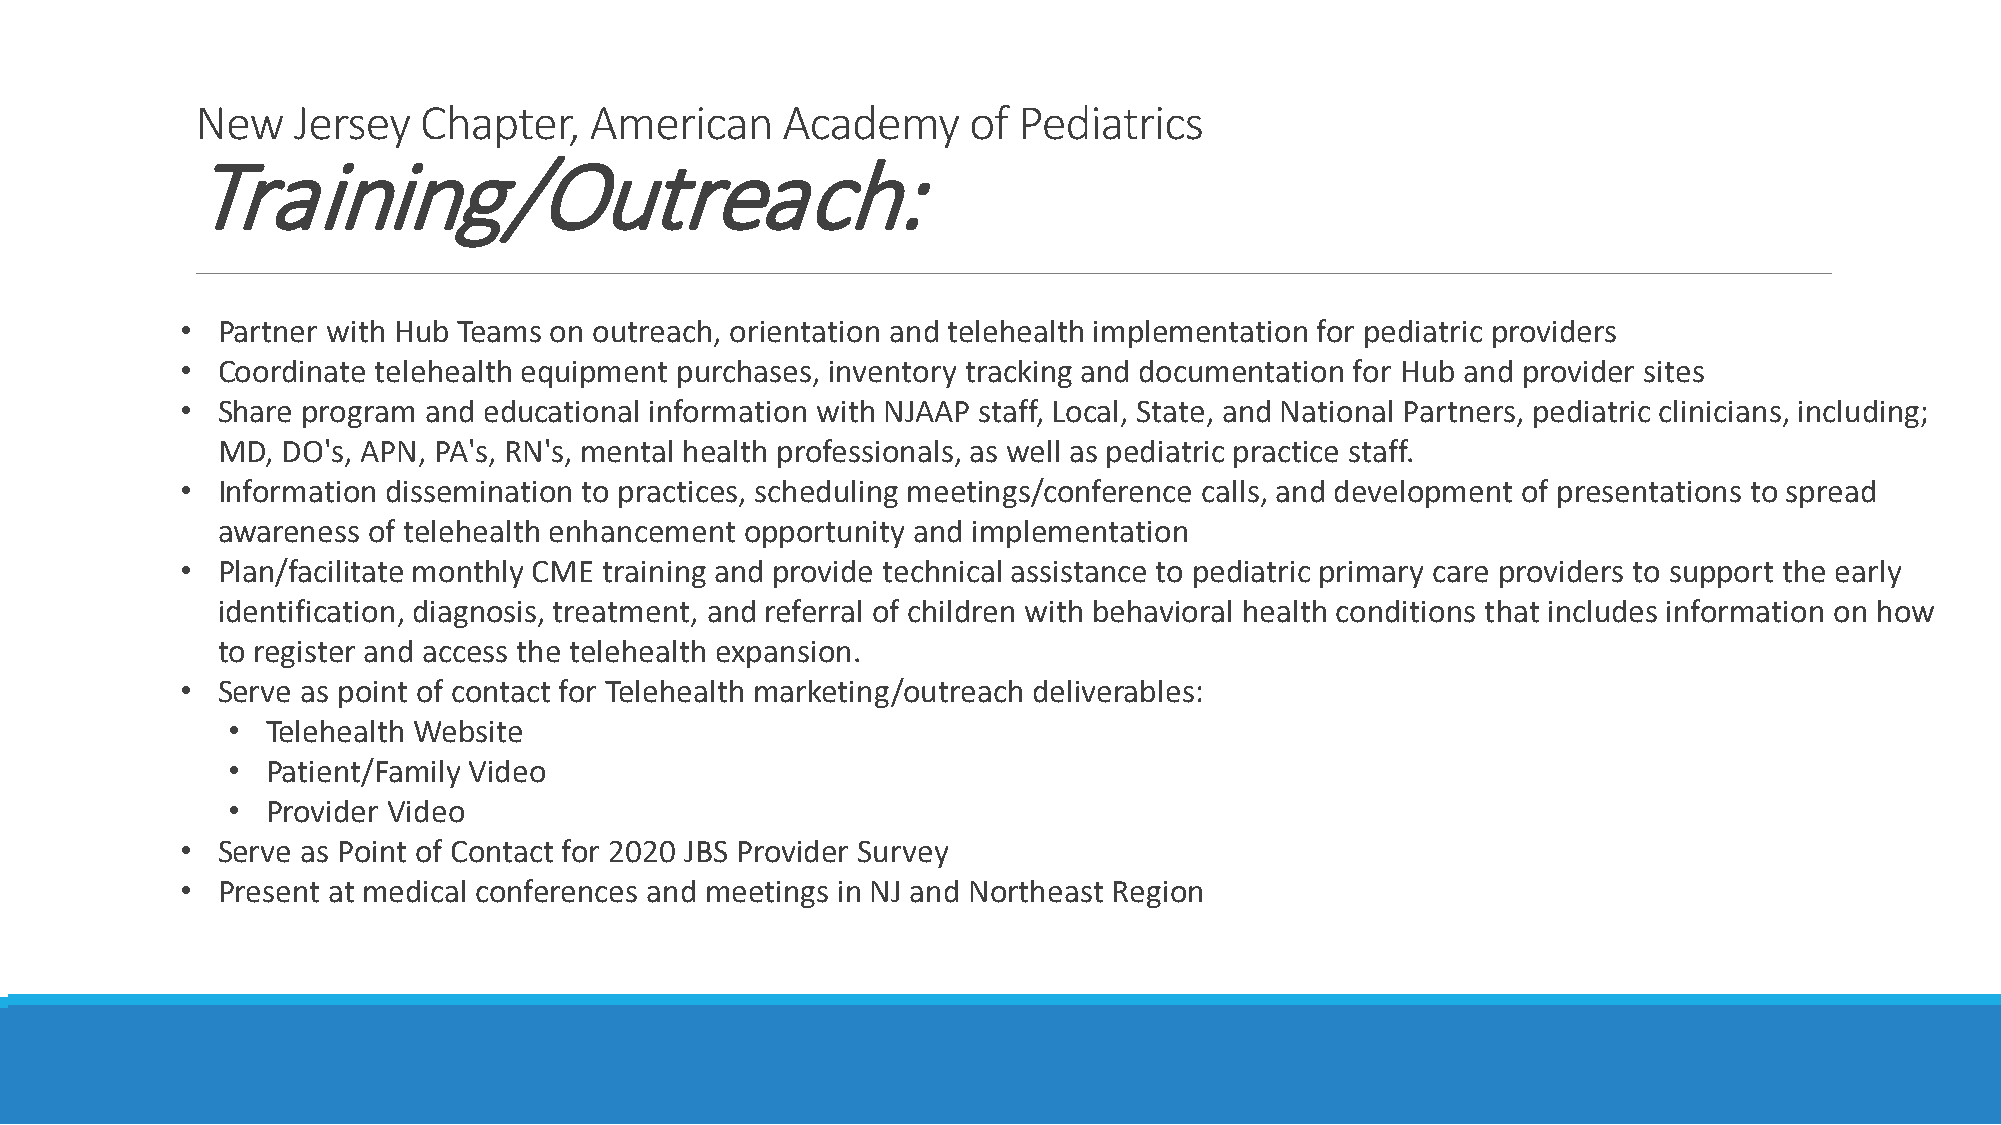
New   Jersey   Chapter,   American     Academy     of Pediatrics
 Training/Outreach:
 • Partner with Hub Teams on outreach, orientation and telehealth implementation for pediatric providers
 • Coordinate telehealth equipment purchases, inventory tracking and documentation for Hub and provider sites
 • Share program and educational information with NJAAP staff, Local, State, and National Partners, pediatric clinicians, including;
 MD,  DO's, APN, PA's, RN's, mental health professionals, as well as pediatric practice staff.
 • Information dissemination to practices, scheduling meetings/conference calls, and development of presentations to spread
 awareness of telehealth enhancement opportunity and implementation
 • Plan/facilitate monthly CME training and provide technical assistance to pediatric primary care providers to support the early
 identification, diagnosis, treatment, and referral of children with behavioral health conditions that includes information on how
 to register and access the telehealth expansion.
 • Serve as point of contact for Telehealth marketing/outreach deliverables:
 •  Telehealth Website
 •  Patient/Family Video
 •  Provider Video
 • Serve as Point of Contact for 2020 JBS Provider Survey
 • Present at medical conferences and meetings in NJ and Northeast Region